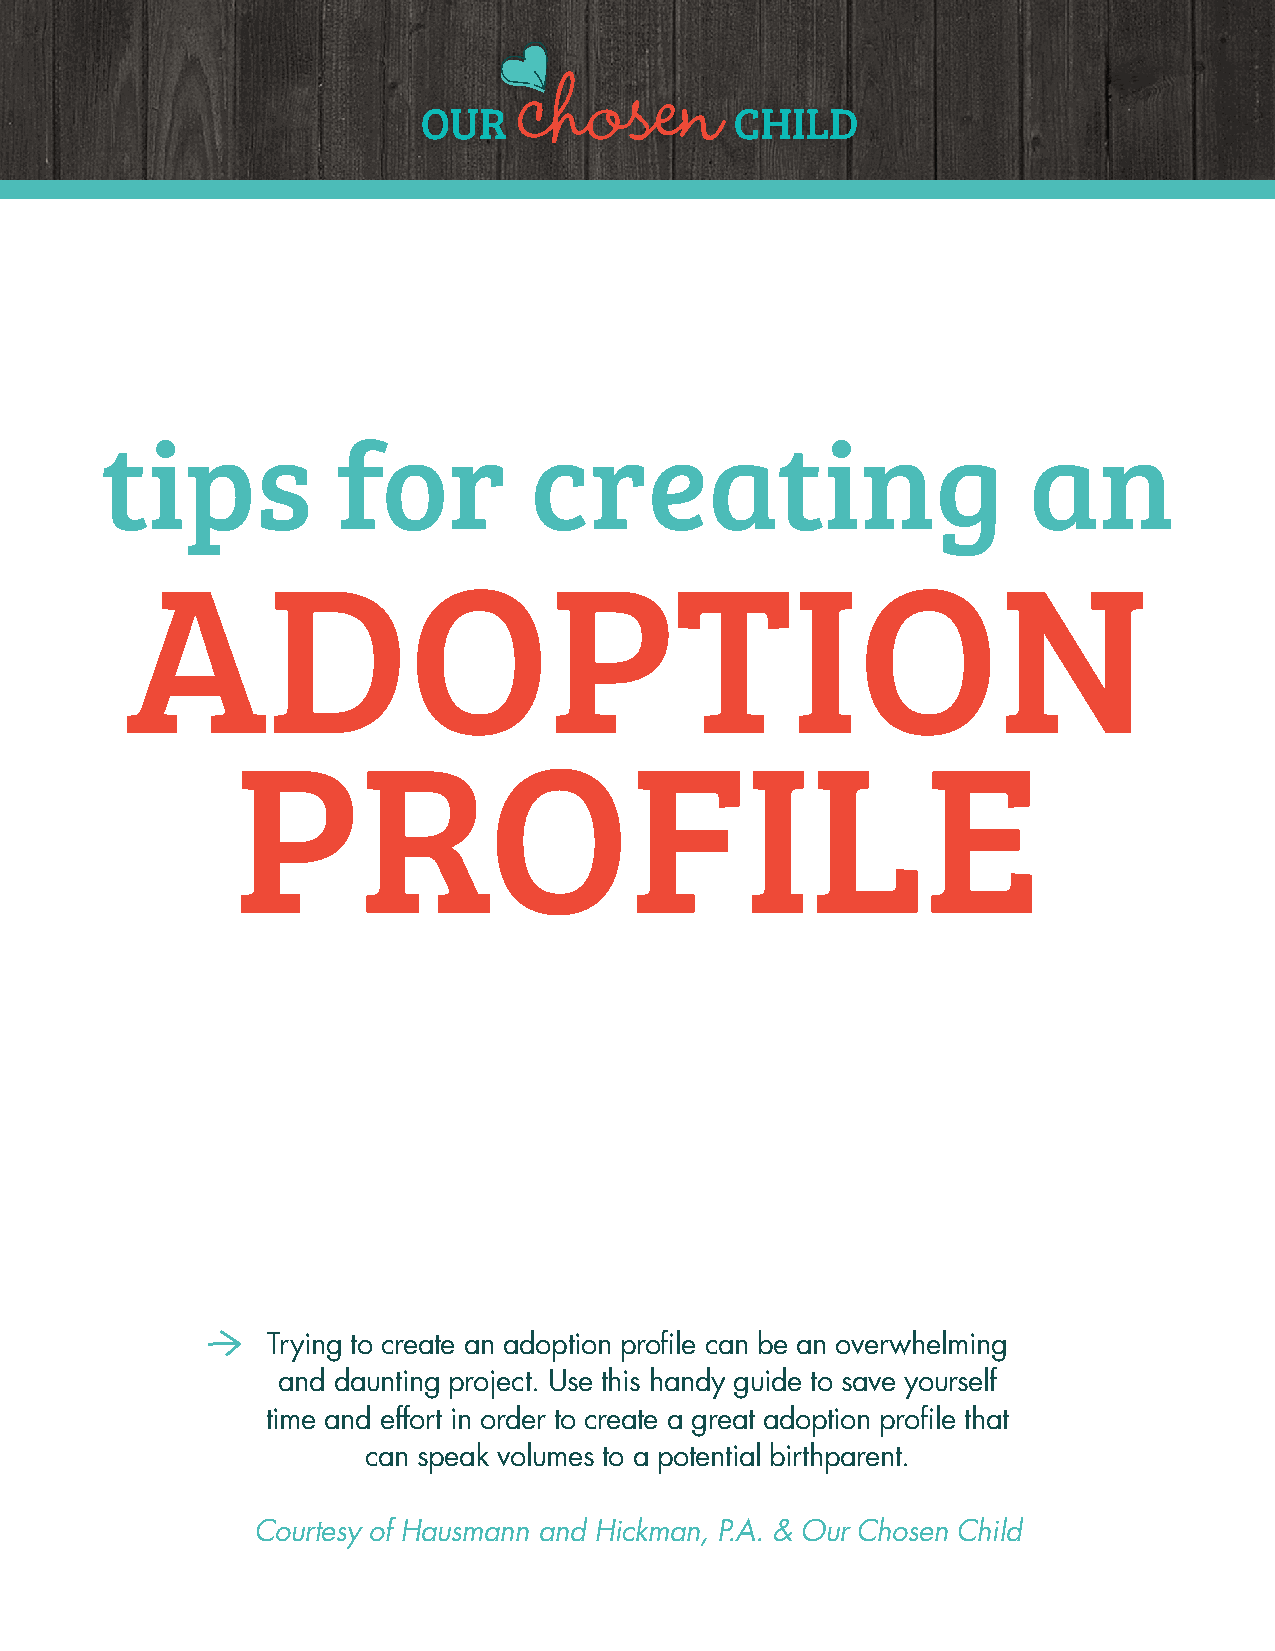
tips           for          creating                         an
 ADOPTION
 PROFILE
 Trying to create an adoption profile can be an overwhelming
 and daunting project. Use this handy guide to save yourself
 time and effort in order to create a great adoption profile that
 can speak volumes to a potential birthparent.
 Courtesy of Hausmann and Hickman, P.A. & Our Chosen Child